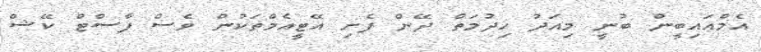
އެމްއައިބީން ބުނީ މިއަދު ހިދުމަތް ދޭން ފެށި އޭޓީއެމްތަކުން ވެސް ފާސްޓް ކޭޝް